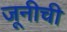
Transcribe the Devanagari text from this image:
जूनीची